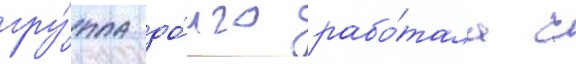
гру́ппа до́лго рабо́тала с